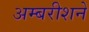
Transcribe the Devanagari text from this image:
अम्बरीशने